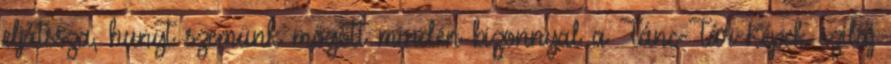
eljátssza, hunyt szemünk mögött minden bizonnyal a Tánc-Tár-Képek szilaj